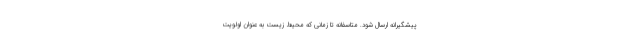
پیشگیرانه ارسال شود. متاسفانه تا زمانی که محیط‌ زیست به عنوان اولویت